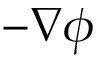
- \nabla \phi